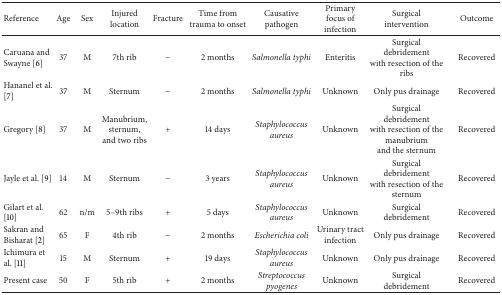
| Reference | Age | Sex | Injured location | Fracture | Time from trauma to onset | Causative pathogen | Primary focus of infection | Surgical intervention | Outcome |
 | --- | --- | --- | --- | --- | --- | --- | --- | --- | --- |
 | Caruana and Swayne [6] | 37 | M | 7th rib | − | 2 months | Salmonella typhi | Enteritis | Surgical debridement with resection of the ribs | Recovered |
 | Hananel et al. [7] | 37 | M | Sternum | − | 2 months | Salmonella typhi | Unknown | Only pus drainage | Recovered |
 | Gregory [8] | 37 | M | Manubrium, sternum, and two ribs | + | 14 days | Staphylococcus aureus | Unknown | Surgical debridement with resection of the manubrium and the sternum | Recovered |
 | Jayle et al. [9] | 14 | M | Sternum | − | 3 years | Staphylococcus aureus | Unknown | Surgical debridement with resection of the sternum | Recovered |
 | Gilart et al. [10] | 62 | n/m | 5–9th ribs | + | 5 days | Staphylococcus aureus | Unknown | Surgical debridement | Recovered |
 | Sakran and Bisharat [2] | 65 | F | 4th rib | − | 2 months | Escherichia coli | Urinary tract infection | Only pus drainage | Recovered |
 | Ichimura et al. [11] | 15 | M | Sternum | + | 19 days | Staphylococcus aureus | Unknown | Only pus drainage | Recovered |
 | Present case | 50 | F | 5th rib | + | 2 months | Streptococcus pyogenes | Unknown | Surgical debridement | Recovered |